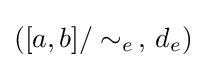
([a,b]/\sim _{e}\,,\,d_{e})